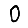
Digit: 0